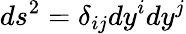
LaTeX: ds^{2}=\delta_{ij}dy^{i}dy^{j}